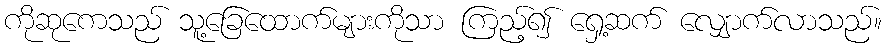
ကိုဆုကေသည် သူ့ခြေထောက်များကိုသာ ကြည့်၍ ရှေ့ဆက် လျှောက်လာသည်။